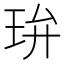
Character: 㺹